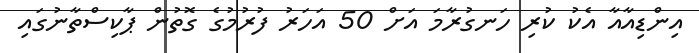
އިންޑިއާއާ އެކު ކުރި ހަނގުރާމަ އަށް 50 އަހަރު ފުރުމުގެ ގޮތުން ޕާކިސްތާނުގައި